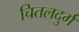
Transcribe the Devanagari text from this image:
चितलदुर्ग